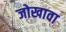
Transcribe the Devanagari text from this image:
जोखावा